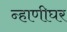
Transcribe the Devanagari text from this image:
न्हाणीघर